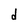
Character: d